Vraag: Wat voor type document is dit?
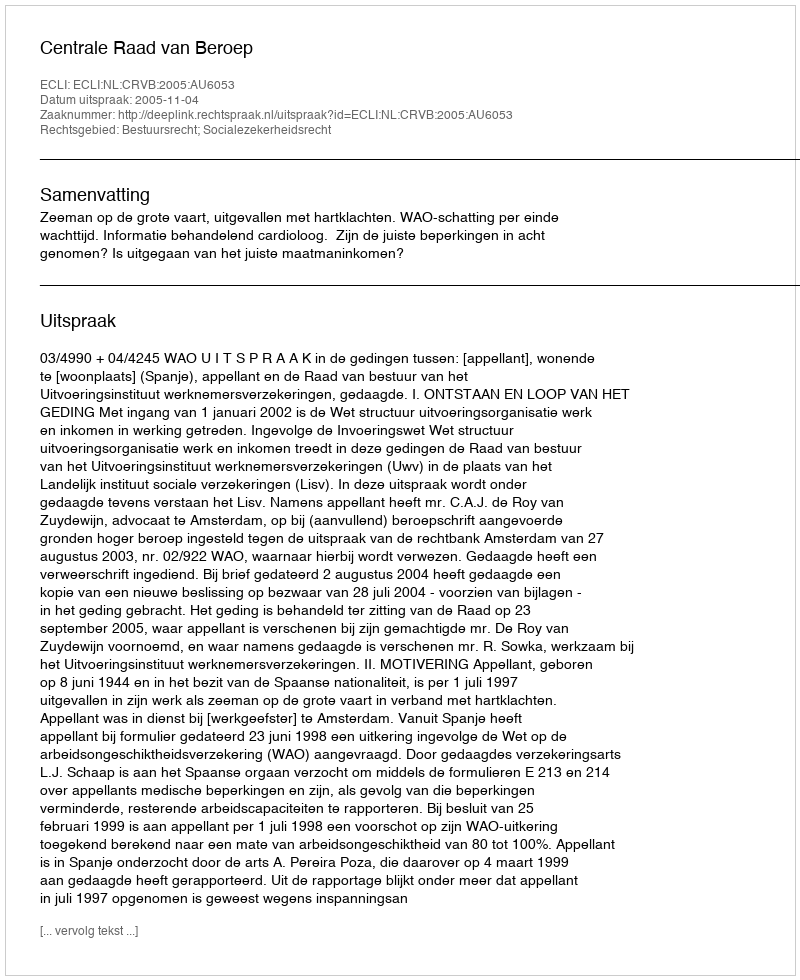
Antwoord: Uitspraak